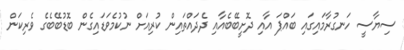
ސިޔާސީ ހަނގުރާމައިގައި ބައްޕަ އާއި ދޮށީބޭބެއާއި ދެދައްތައިން ކުރިއަށް ނުކުމެވަޑައިގެން ބޮޑުބޭބެގެ ވެރިކަން